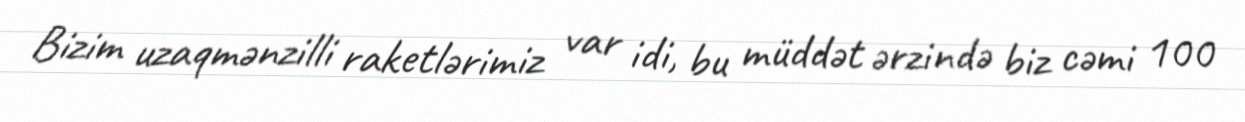
Bizim uzaqmənzilli raketlərimiz var idi, bu müddət ərzində biz cəmi 100